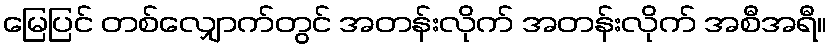
မြေပြင် တစ်လျှောက်တွင် အတန်းလိုက် အတန်းလိုက် အစီအရီ။